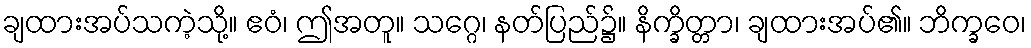
ချထားအပ်သကဲ့သို့။ ဧဝံ၊ ဤအတူ။ သဂ္ဂေ၊ နတ်ပြည်၌။ နိက္ခိတ္တာ၊ ချထားအပ်၏။ ဘိက္ခဝေ၊